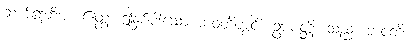
ဆက်၍ဆိုအံ့။ ဧတ္ထ၊ ဤနှစ်ပါးသော ဘဝတို့တွင်။ ဥပပတ္တိ၊ သည်။ ဘဝတိ၊